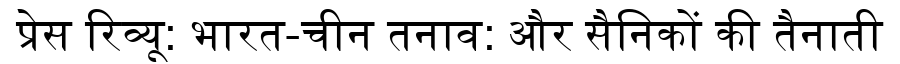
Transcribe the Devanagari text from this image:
प्रेस रिव्यू: भारत-चीन तनाव: और सैनिकों की तैनाती